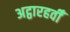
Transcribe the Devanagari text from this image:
अट्ठारहवीँ